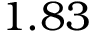
1 . 8 3